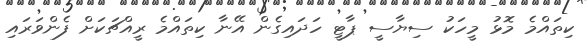
ކިތައްމެ މޮޅު މީހަކު ސިޔާސީ ޕާޓީ ހަދައިގެން އޭނާ ކިތައްމެ ރީއްޗަކަށް ފެންވަރައި